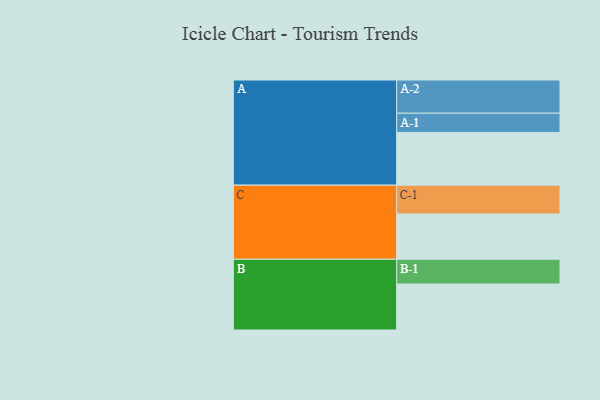
{"axis": {"x": "Segment", "y": "Value"}, "legend": ["", "A", "B", "C"], "data": [{"x": "A", "y": 441, "type": ""}, {"x": "B", "y": 385, "type": ""}, {"x": "C", "y": 379, "type": ""}, {"x": "A-1", "y": 161, "type": "A"}, {"x": "A-2", "y": 278, "type": "A"}, {"x": "B-1", "y": 207, "type": "B"}, {"x": "C-1", "y": 241, "type": "C"}]}